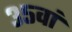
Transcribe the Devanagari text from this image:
३५वां